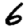
Digit: 6